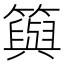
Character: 籅